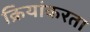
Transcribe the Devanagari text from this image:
क्रियांकरता